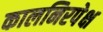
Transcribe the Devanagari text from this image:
कालनिरपेक्ष